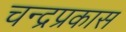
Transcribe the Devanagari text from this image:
चन्द्रप्रकास